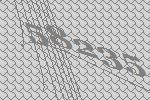
58235